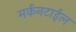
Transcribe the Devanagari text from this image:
मर्कनटाईल